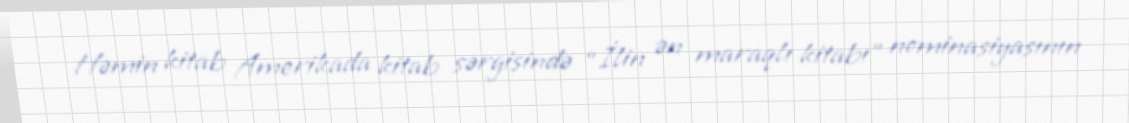
Həmin kitab Amerikada kitab sərgisində “İlin ən maraqlı kitabı” nominasiyasının